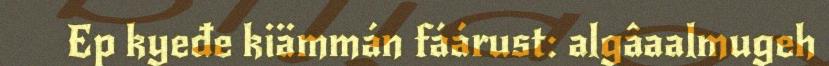
Ep kyeđe kiämmán fáárust: algâaalmugeh